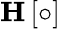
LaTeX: \mathbf{H}\left[\circ\right]